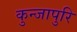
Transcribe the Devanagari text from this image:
कुन्जापुरि